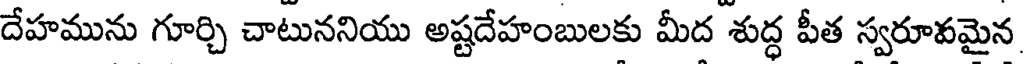
దేహమును గూర్చి చాటుననియు అష్టదేహంబులకు మీద శుద్ధ పీత స్వరూవమైన